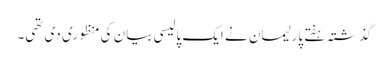
گذشتہ ہفتے پارلیمان نے ایک پالیسی بیان کی منظوری دی تھی۔